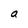
Character: a